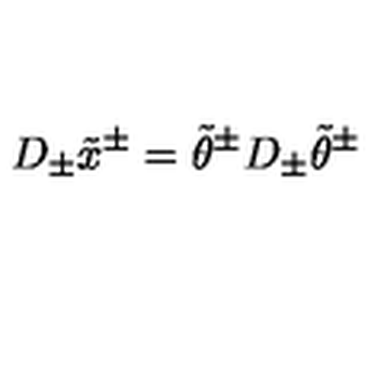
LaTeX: D _ { \pm } \tilde { x } ^ { \pm } = \tilde { \theta } ^ { \pm } D _ { \pm } \tilde { \theta } ^ { \pm }